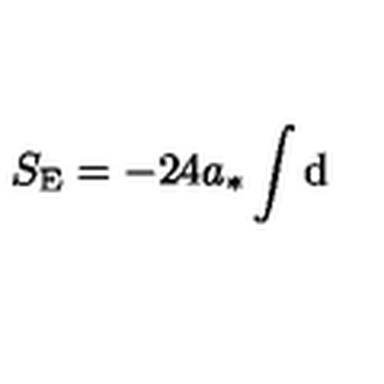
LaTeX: S _ { \mathrm { E } } = - 2 4 a _ { * } \int \mathrm { d }